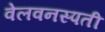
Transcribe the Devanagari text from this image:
वेलवनस्पती